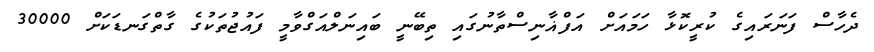
ދެހާސް ފަނަރައިގެ ކުރީކޮޅާ ހަމައަށް އަފްޣާނިސްތާނުގައި ތިބޭނީ ބައިނަލްއަގްވާމީ ފައުޖުތަކުގެ ގާތްގަނޑަކަށް 30000